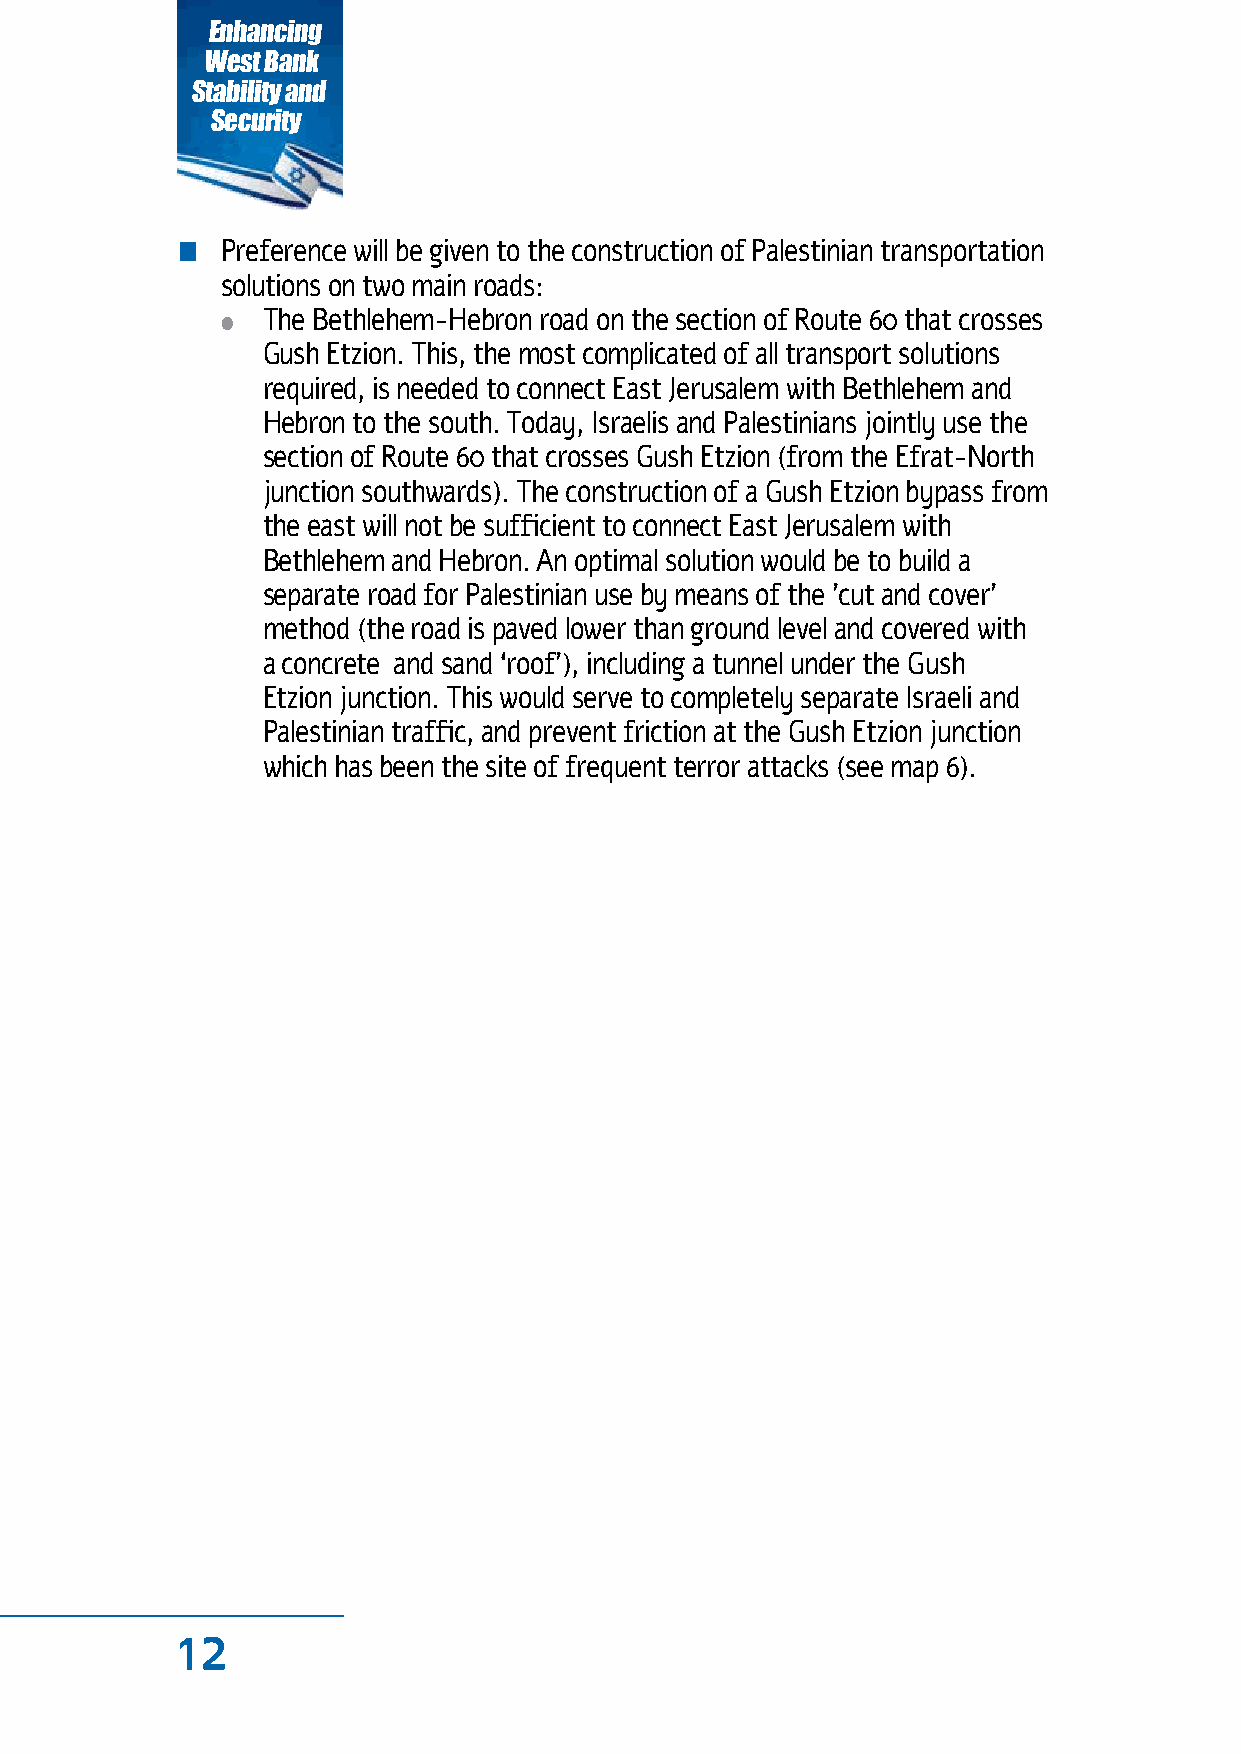
Enhancing
 West Bank
 Stability and
 Security
 n  Preference will be given to the construction of Palestinian transportation
 solutions on two main roads:
 ● The Bethlehem-Hebron road on the section of Route 60 that crosses
 Gush Etzion. This, the most complicated of all transport solutions
 required, is needed to connect East Jerusalem with Bethlehem and
 Hebron to the south. Today, Israelis and Palestinians jointly use the
 section of Route 60 that crosses Gush Etzion (from the Efrat-North
 junction southwards). The construction of a Gush Etzion bypass from
 the east will not be sufficient to connect East Jerusalem with
 Bethlehem and Hebron. An optimal solution would be to build a
 separate road for Palestinian use by means of the 'cut and cover'
 method (the road is paved lower than ground level and covered with
 a concrete and sand ‘roof’), including a tunnel under the Gush
 Etzion junction. This would serve to completely separate Israeli and
 Palestinian traffic, and prevent friction at the Gush Etzion junction
 which has been the site of frequent terror attacks (see map 6).
 12